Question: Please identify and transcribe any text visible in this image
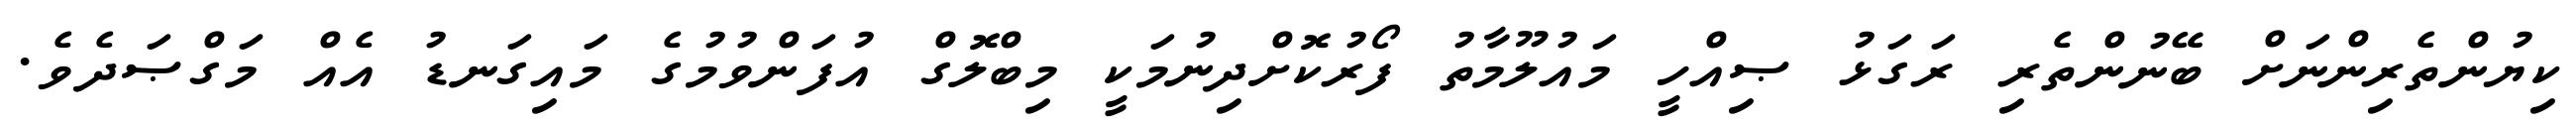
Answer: ކިޔުންތެރިންނަށް ބޭނުންތެރި ރަގަޅު ޞިއްހީ މައުލޫމާތު ފޯރުކޮށްދިނުމަކީ މިބްލޮގް އުފަންވުމުގެ މައިގަނޑު އެއް މަގްޞަދެވެ.